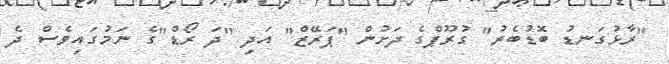
"ރާޅުގަނޑު ބޮޑުބެރު" ގުރޫޕްގެ ދަށުން "ޕަރޭޒް" އަދި "ދަ ރޯޑް"ގެ ނަމުގައިވެސް ދެ